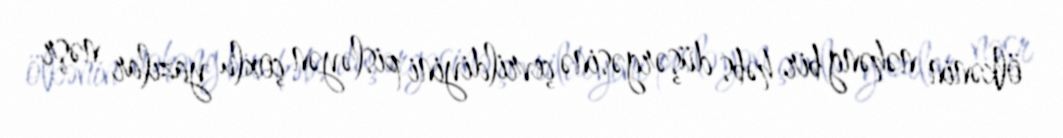
ölkənin nəhəng bir həbs düşərgəsinə çevrildiyini pisləyən çoxlu yazılar nəşr